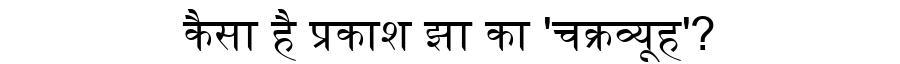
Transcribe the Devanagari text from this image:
कैसा है प्रकाश झा का 'चक्रव्यूह'?